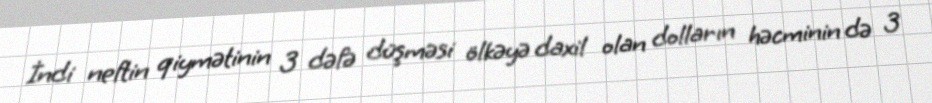
İndi neftin qiymətinin 3 dəfə düşməsi ölkəyə daxil olan dolların həcminin də 3